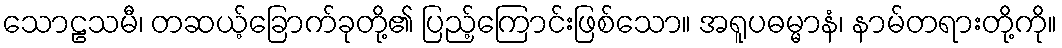
သောဠသမီ၊ တဆယ့်ခြောက်ခုတို့၏ ပြည့်ကြောင်းဖြစ်သော။ အရူပဓမ္မာနံ၊ နာမ်တရားတို့ကို။